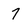
Character: 7